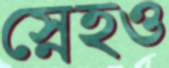
স্নেহও